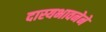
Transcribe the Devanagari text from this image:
दास्यभावनेने